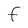
Character: F